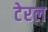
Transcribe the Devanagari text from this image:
टेरल